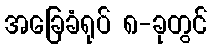
အခြေခံရုပ် ၈-ခုတွင်